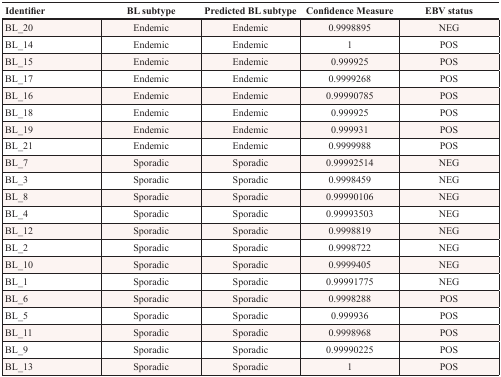
<table><thead><tr><td><b>Identifier</b></td><td><b>BL subtype</b></td><td><b>Predicted BL subtype</b></td><td><b>Confidence Measure</b></td><td><b>EBV status</b></td></tr></thead><tbody><tr><td>BL_20</td><td>Endemic</td><td>Endemic</td><td>0.9998895</td><td>NEG</td></tr><tr><td>BL_14</td><td>Endemic</td><td>Endemic</td><td>1</td><td>POS</td></tr><tr><td>BL_15</td><td>Endemic</td><td>Endemic</td><td>0.999925</td><td>POS</td></tr><tr><td>BL_17</td><td>Endemic</td><td>Endemic</td><td>0.9999268</td><td>POS</td></tr><tr><td>BL_16</td><td>Endemic</td><td>Endemic</td><td>0.99990785</td><td>POS</td></tr><tr><td>BL_18</td><td>Endemic</td><td>Endemic</td><td>0.999925</td><td>POS</td></tr><tr><td>BL_19</td><td>Endemic</td><td>Endemic</td><td>0.999931</td><td>POS</td></tr><tr><td>BL_21</td><td>Endemic</td><td>Endemic</td><td>0.9999988</td><td>POS</td></tr><tr><td>BL_7</td><td>Sporadic</td><td>Sporadic</td><td>0.99992514</td><td>NEG</td></tr><tr><td>BL_3</td><td>Sporadic</td><td>Sporadic</td><td>0.9998459</td><td>NEG</td></tr><tr><td>BL_8</td><td>Sporadic</td><td>Sporadic</td><td>0.99990106</td><td>NEG</td></tr><tr><td>BL_4</td><td>Sporadic</td><td>Sporadic</td><td>0.99993503</td><td>NEG</td></tr><tr><td>BL_12</td><td>Sporadic</td><td>Sporadic</td><td>0.9998819</td><td>NEG</td></tr><tr><td>BL_2</td><td>Sporadic</td><td>Sporadic</td><td>0.9998722</td><td>NEG</td></tr><tr><td>BL_10</td><td>Sporadic</td><td>Sporadic</td><td>0.9999405</td><td>NEG</td></tr><tr><td>BL_1</td><td>Sporadic</td><td>Sporadic</td><td>0.99991775</td><td>NEG</td></tr><tr><td>BL_6</td><td>Sporadic</td><td>Sporadic</td><td>0.9998288</td><td>POS</td></tr><tr><td>BL_5</td><td>Sporadic</td><td>Sporadic</td><td>0.999936</td><td>POS</td></tr><tr><td>BL_11</td><td>Sporadic</td><td>Sporadic</td><td>0.9998968</td><td>POS</td></tr><tr><td>BL_9</td><td>Sporadic</td><td>Sporadic</td><td>0.99990225</td><td>POS</td></tr><tr><td>BL_13</td><td>Sporadic</td><td>Sporadic</td><td>1</td><td>POS</td></tr></tbody></table>